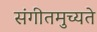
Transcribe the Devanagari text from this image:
संगीतमुच्यते